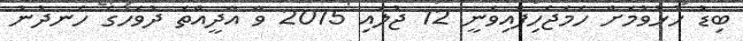
ބިޑު ހުޅުވުމަށް ހަމަޖެހިފައިވަނީ 12 ޖުލައި 2015 ވާ އާދީއްތަ ދުވަހުގެ ހެނދުނު